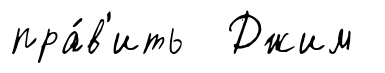
пра́в'ить Джим